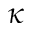
\kappa